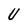
Character: U